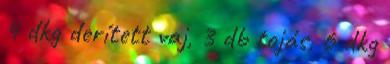
4 dkg derített vaj, 3 db tojás, 6 dkg